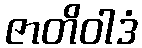
ဇာတိဝါဒံ